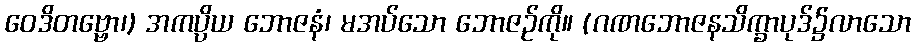
ဝေဒိတဗ္ဗော၊) အကပ္ပိယ ဘောဇနံ၊ မအပ်သော ဘောဇဉ်ကို။ (ဂဏဘောဇနသိက္ခာပုဒ်၌လာသော